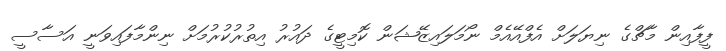
ފީފާއިން މާޗްގެ ނިޔަލަށް އެފްއޭއެމް ނޯމަލައިޒޭޝަން ކޮމިޓީގެ ދައުރު އިތުރުކުރުމަށް ނިންމާފައިވަނީ އަސާސީ